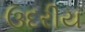
ઉદરીય